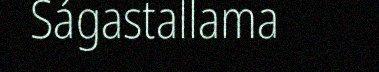
Ságastallama